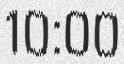
10:00